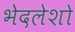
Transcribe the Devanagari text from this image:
भेदलेशो